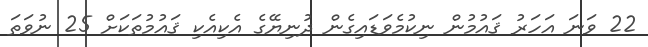
22 ވަނަ އަހަރު ޤައުމުން ނިކުމެވަޑައިގެން ދުނިޔޭގެ އެކިއެކި ޤައުމުތަކަށް 25 ނުވަތަ